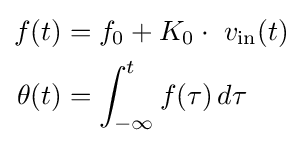
{\begin{aligned}f(t)&=f_{0}+K_{0}\cdot \ v_{\text{in}}(t)\\\theta (t)&=\int _{-\infty }^{t}f(\tau )\,d\tau \\\end{aligned}}